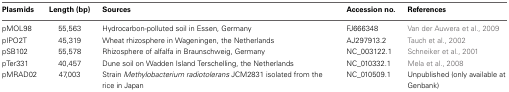
<table><thead><tr><td><b>Plasmids</b></td><td><b>Length (bp)</b></td><td><b>Sources</b></td><td><b>Accession no.</b></td><td><b>References</b></td></tr></thead><tbody><tr><td>pMOL98</td><td>55,563</td><td>Hydrocarbon-polluted soil in Essen, Germany</td><td>FJ666348</td><td>Van der Auwera et al., 2009</td></tr><tr><td>pIPO2T</td><td>45,319</td><td>Wheat rhizosphere in Wageningen, the Netherlands</td><td>AJ297913.2</td><td>Tauch et al., 2002</td></tr><tr><td>pSB102</td><td>55,578</td><td>Rhizosphere of alfalfa in Braunschweig, Germany</td><td>NC_003122.1</td><td>Schneiker et al., 2001</td></tr><tr><td>pTer331</td><td>40,457</td><td>Dune soil on Wadden Island Terschelling, the Netherlands</td><td>NC_010332.1</td><td>Mela et al., 2008</td></tr><tr><td>pMRAD02</td><td>47,003</td><td>Strain <i>Methylobacterium radiotolerans</i> JCM2831 isolated from the rice in Japan</td><td>NC_010509.1</td><td>Unpublished (only available at Genbank)</td></tr></tbody></table>